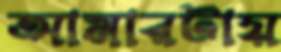
আমারটায়